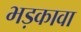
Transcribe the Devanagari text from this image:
भड़कावा